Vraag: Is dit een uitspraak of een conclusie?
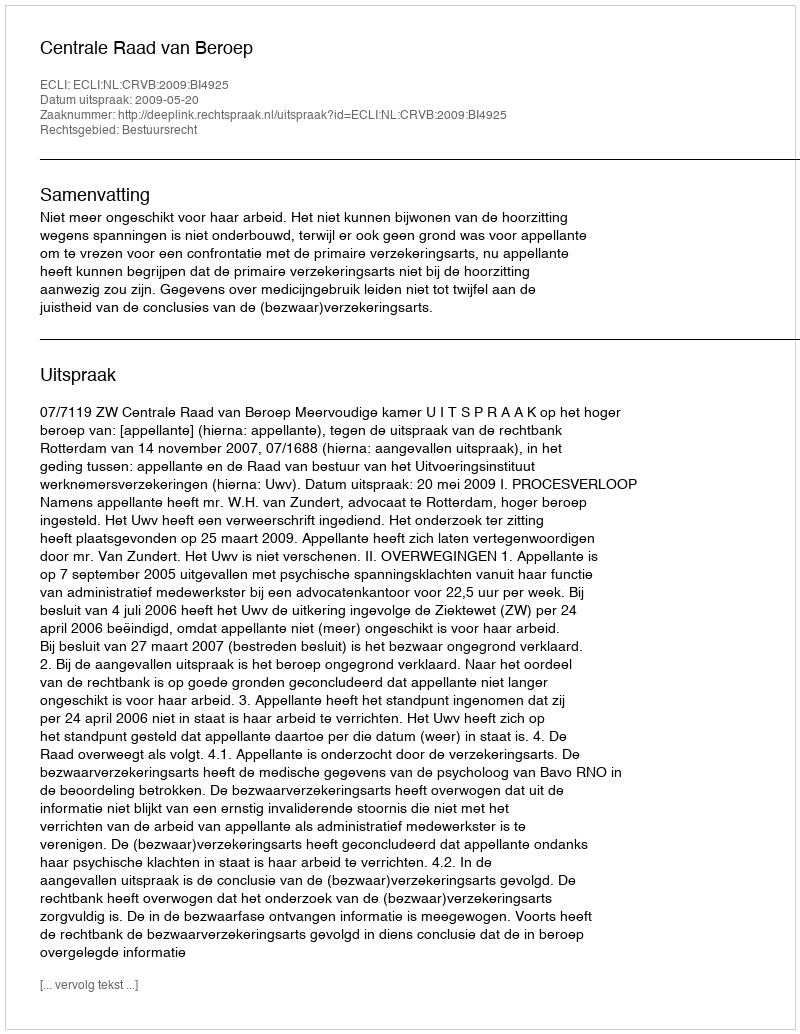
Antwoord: Uitspraak